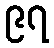
၉၇